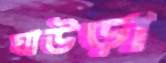
ঘাউড়া